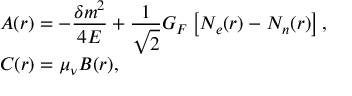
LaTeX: \begin{array} { l } { { A ( r ) = - \displaystyle \frac { \delta m ^ { 2 } } { 4 E } + \frac { 1 } { \sqrt { 2 } } G _ { F } \left[ N _ { e } ( r ) - N _ { n } ( r ) \right] , } } \\ { { C ( r ) = \displaystyle \mu _ { \nu } B ( r ) , } } \end{array}